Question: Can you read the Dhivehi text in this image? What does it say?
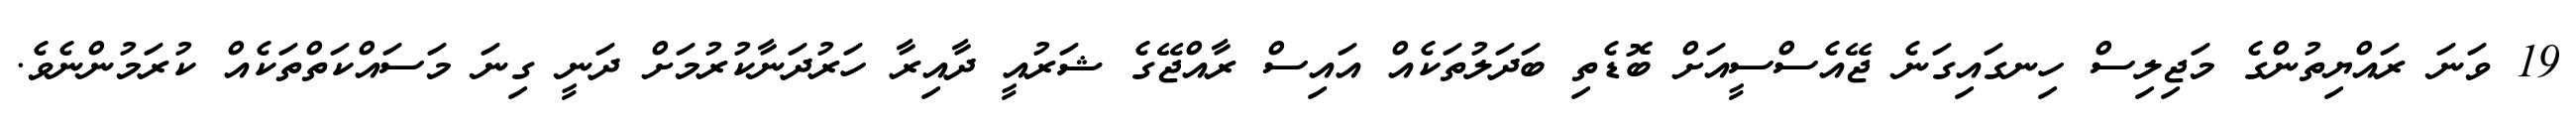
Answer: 19 ވަނަ ރައްޔިތުންގެ މަޖިލިސް ހިނގައިގަނެ ޖޭއެސްސީއަށް ބޮޑެތި ބަދަލުތަކެއް އައިސް ރާއްޖޭގެ ޝަރުއީ ދާއިރާ ހަރުދަނާކުރުމަށް ދަނީ ގިނަ މަސައްކަތްތަކެއް ކުރަމުންނެވެ.